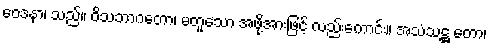
ဝေဒနာ၊ သည်။ ဝိသဘာဂတော၊ မတူသော အဖို့အားဖြင့် လည်းကောင်း။ အသံသဋ္ဌ တော၊